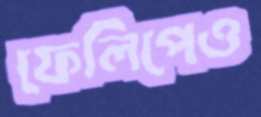
ফেলিপেও